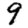
Digit: 9